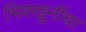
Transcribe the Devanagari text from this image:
भिक्खूनींचा